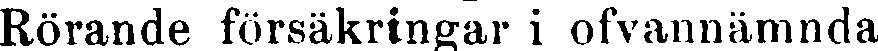
Rörande försäkringar i ofvannämnda